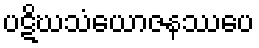
ပဋိဃသံယောဇနဿပေ